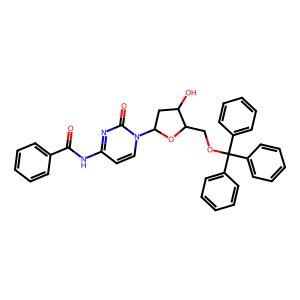
SMILES: O=C(Nc1ccn(C2CC(O)C(COC(c3ccccc3)(c3ccccc3)c3ccccc3)O2)c(=O)n1)c1ccccc1
Inhibits HIV replication: No